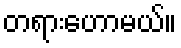
တရားဟောမယ်။